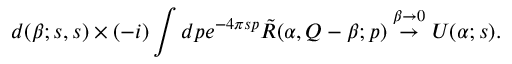
d ( \beta ; s , s ) \times ( - i ) \int d p e ^ { - 4 \pi s p } \tilde { R } ( \alpha , Q - \beta ; p ) \stackrel { \beta \to 0 } { \rightarrow } U ( \alpha ; s ) .